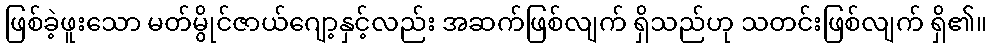
ဖြစ်ခဲ့ဖူးသော မတ်မွိုင်ဇာယ်ဂျော့နှင့်လည်း အဆက်ဖြစ်လျက် ရှိသည်ဟု သတင်းဖြစ်လျက် ရှိ၏။